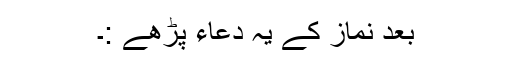
بعد نماز کے یہ دعاء پڑھے :۔